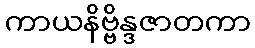
ကာယနိဗ္ဗိန္ဒဇာတကာ